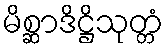
မိစ္ဆာဒိဋ္ဌိသုတ္တံ